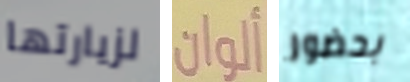
لزيارتها ألوان بحضور